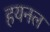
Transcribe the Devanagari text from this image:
हयनल